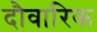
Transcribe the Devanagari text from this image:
दौवारिक